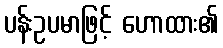
ပန်းဥပမာဖြင့် ဟောထား၏